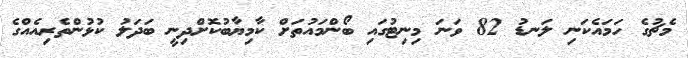
މެޗުގެ ހަމައެކަނި ލަނޑު 82 ވަނަ މިނިޓުގައި ބޯންމައުތަށް ކާމިޔާބުކޮށްދިނީ ބަދަލު ކުޅުންތެރިއެއްގެ